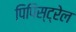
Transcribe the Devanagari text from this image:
पिपिस्ट्रेल